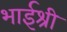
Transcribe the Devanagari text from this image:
भाईश्री